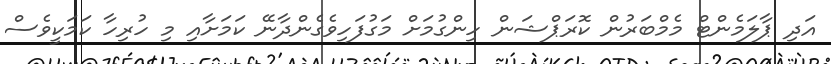
އަދި ޕާލަމެންޓް މެމްބަރުން ކޮރަޕްޝަން ހިންގުމަށް މަގުފަހިވެގެންދާނޭ ކަމަށާއި މި ހުރިހާ ކަމަކީވެސް